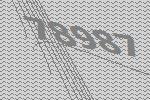
78987